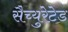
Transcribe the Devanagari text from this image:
सैच्युरेटेड